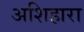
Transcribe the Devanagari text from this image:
अशिहारा